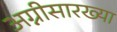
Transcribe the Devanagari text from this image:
अग्नीसारख्या